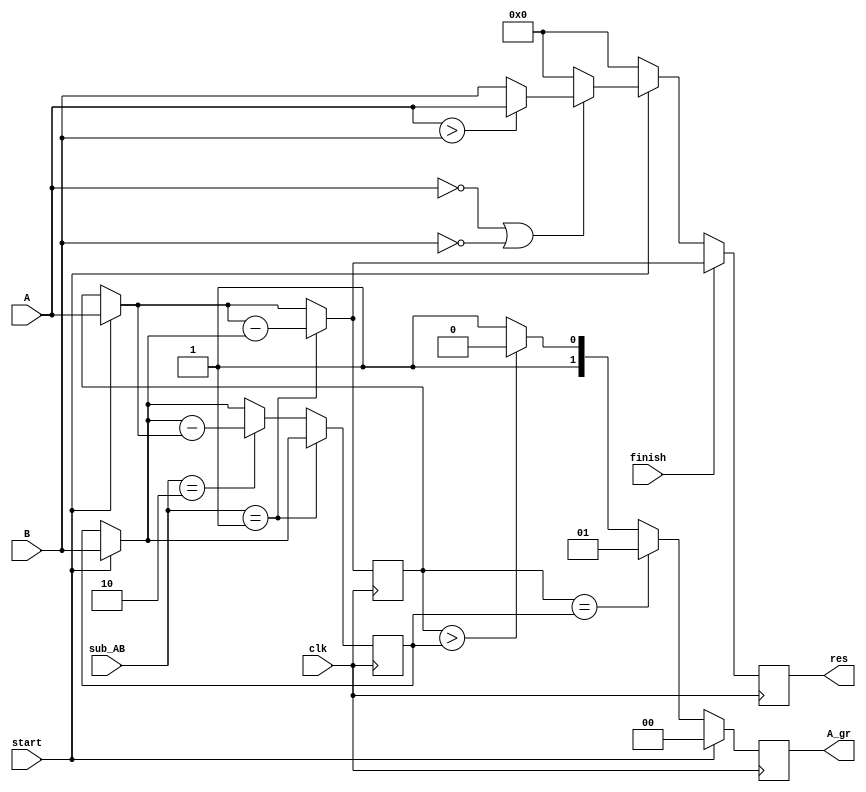
module dp(
  input clk,start,finish,
  input [1:0] sub_AB,
  input [9:0] A,B,
  output reg [1:0] A_gr,
  output reg [9:0] res
);
  
  reg [9:0] x,y;
  
  always @(posedge clk) begin
    res <=0;
    if(start) begin
      x = A;
      y = B;
      A_gr = 0;
      if(x == 0 || y == 0) res<= (x > y) ? x : y;
    end
    else if(x == y) begin
      A_gr = 1;
    end
    
    else if(x > y) begin
      A_gr = 2;
    end
    
    else begin
      A_gr = 3;
    end
    
    if(sub_AB == 1) begin
      x = x - y;
    end
    
    else if(sub_AB == 2) begin
      y = y - x;
    end
    
    if(finish)
      res <= x;
  end
endmodule